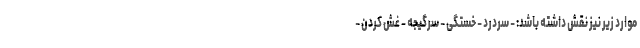
موارد زیر نیز نقش داشته باشد: - سردرد - خستگی - سرگیجه - غش کردن -